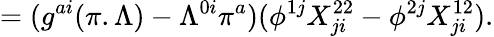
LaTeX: =(g^{ai}(\pi.\Lambda)-\Lambda^{0i}\pi^{a})(\phi^{1j}X_{ji}^{22}-\phi^{2j}X_{ji}^{12}).